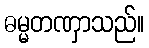
ဓမ္မတဏှာသည်။